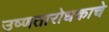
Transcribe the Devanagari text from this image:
उष्णतारोधकाचे